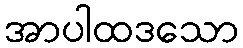
အာပါထဒသော